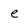
Character: e